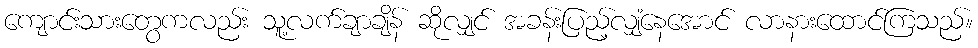
ကျောင်းသားတွေကလည်း သူ့လက်ချာချိန် ဆိုလျှင် အခန်းပြည့်လျှံနေအောင် လာနားထောင်ကြသည်။